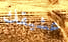
عشيقك